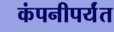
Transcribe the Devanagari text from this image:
कंपनीपर्यंत